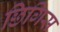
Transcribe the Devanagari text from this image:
छिगिस